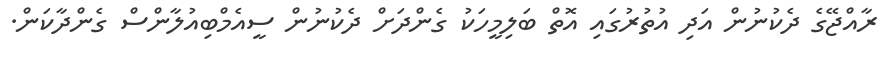
ރާއްޖޭގެ ދެކުނުން އަދި އުތުރުގައި އޮތް ބަލިމީހަކު ގެންދަށް ދެކުނުން ސީއެމްބިއުލާންސް ގެންދާކަން.